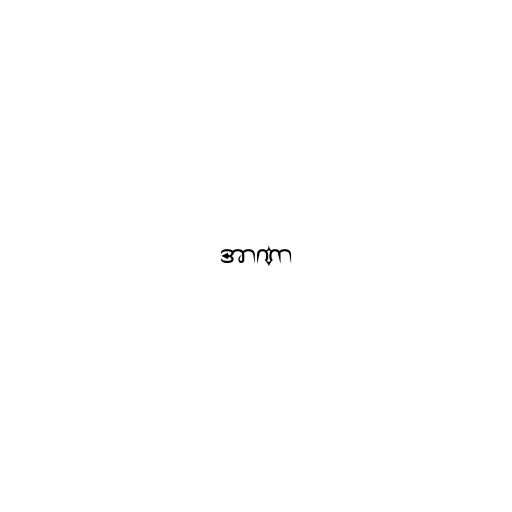
အာဏာ